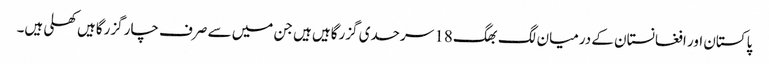
پاکستان اور افغانستان کے درمیان لگ بھگ 18 سرحدی گزرگاہیں ہیں جن میں سے صرف چار گزرگاہیں کھلی ہیں۔